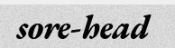
sore-head